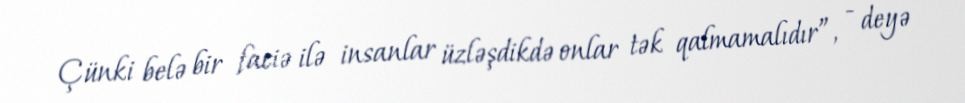
Çünki belə bir faciə ilə insanlar üzləşdikdə onlar tək qalmamalıdır”, - deyə